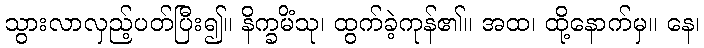
သွားလာလှည့်ပတ်ပြီး၍။ နိက္ခမိံသု၊ ထွက်ခဲ့ကုန်၏။ အထ၊ ထို့နောက်မှ။ နေ၊